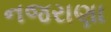
નજરાણા